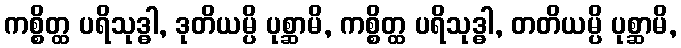
ကစ္စိတ္ထ ပရိသုဒ္ဓါ, ဒုတိယမ္ပိ ပုစ္ဆာမိ, ကစ္စိတ္ထ ပရိသုဒ္ဓါ, တတိယမ္ပိ ပုစ္ဆာမိ,